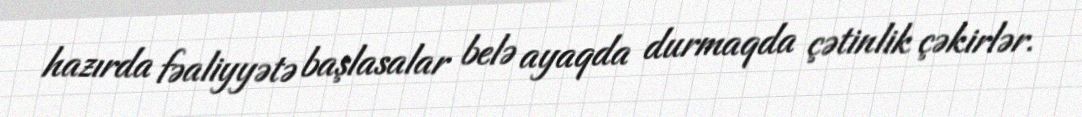
hazırda fəaliyyətə başlasalar belə ayaqda durmaqda çətinlik çəkirlər.